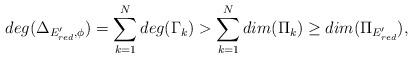
LaTeX: \begin{align*}deg(\Delta_{E'_{red}, \phi})=\sum^N_{k=1} deg( \Gamma_k) > \sum^N_{k=1} dim(\Pi_{k}) \geq dim (\Pi_{E'_{red}}),\end{align*}